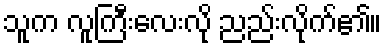
သူက လူကြီးလေးလို ညည်းလိုက်၏။